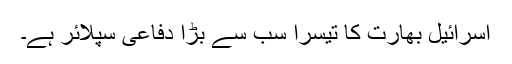
اسرائیل بھارت کا تیسرا سب سے بڑا دفاعی سپلائر ہے۔